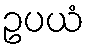
ဥပယံ